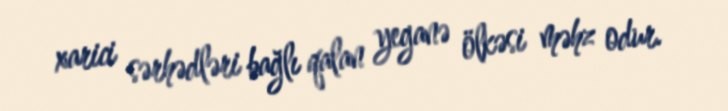
xarici sərhədləri bağlı qalan yeganə ölkəsi məhz odur.